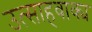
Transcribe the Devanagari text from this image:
उत्साहवाक्य